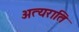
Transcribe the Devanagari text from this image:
अत्यराति